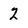
Character: 2